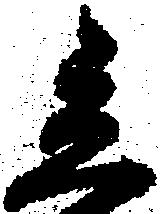
立